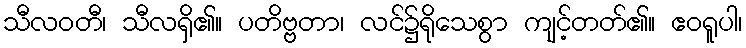
သီလဝတီ၊ သီလရှိ၏။ ပတိဗ္ဗတာ၊ လင်၌ရိုသေစွာ ကျင့်တတ်၏။ ဧဝရူပါ၊